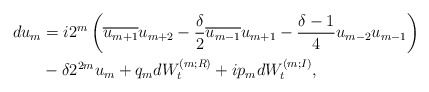
\begin{align*}\begin{aligned}d u_m &= i2^m\left(\overline{u_{m+1}}u_{m+2} - \frac{\delta}{2} \overline{u_{m-1}}u_{m+1} - \frac{\delta -1}{4} u_{m-2}u_{m-1}\right) \\ & - \delta 2^{2m} u_m + q_m dW_t^{(m;R)} + ip_m dW_t^{(m;I)},\end{aligned}\end{align*}